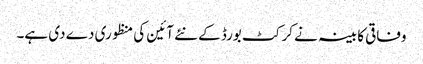
وفاقی کابینہ نے کرکٹ بورڈ کے نئے آئین کی منظوری دے دی ہے۔